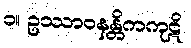
၁။ ဥဿာဝနန္တိကကုဋိ